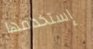
إستخدامها